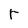
Character: r